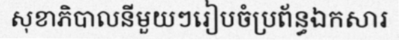
សុខាភិបាលនីមួយៗរៀបចំប្រព័ន្ធឯកសារ